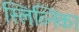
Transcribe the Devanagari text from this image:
स्लिव्निका